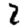
Digit: 2